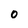
Character: 0